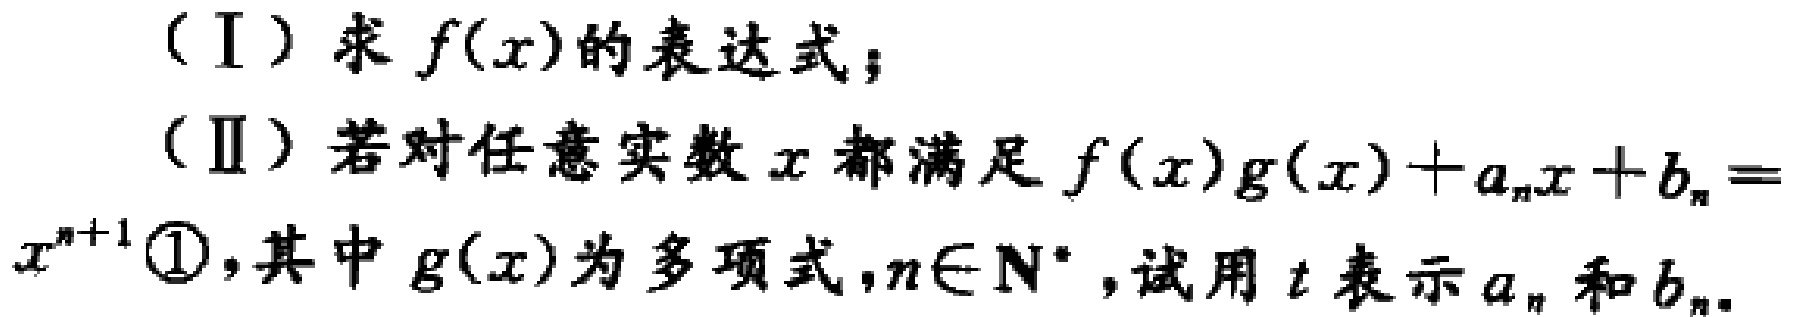
（Ⅰ）求\(f(x)\)的表达式；
（Ⅱ）若对任意实数\(x\)都满足\(f(x)g(x)+a_{n}x + b_{n}=x^{n + 1}\)\textcircled{1}，其中\(g(x)\)为多项式，\(n\in\mathbf{N}^{*}\)，试用\(t\)表示\(a_{n}\)和\(b_{n}\)。